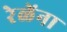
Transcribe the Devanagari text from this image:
रेळेंना